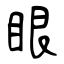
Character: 眼